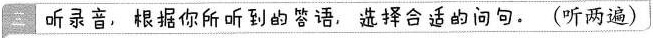
三 听录音，根据你所听到的答语，选择合适的问句。（听两遍）